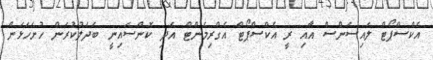
އެކްސްޕޯޓް ލައިސަންސް އާއި ރީ އެކްސްޕޯޓް އެގްރިމެންޓް އަދި ކޮންސައިނީ ބަދަލުކުރަން ހުށަހަޅަން